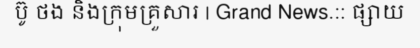
ប៊ូ ថង និងក្រុមគ្រួសារ | Grand News.:: ផ្សាយ